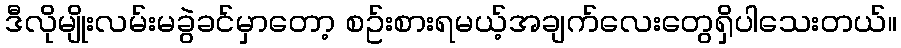
ဒီလိုမျိုးလမ်းမခွဲခင်မှာတော့ စဥ်းစားရမယ့်အချက်လေးတွေရှိပါသေးတယ်။